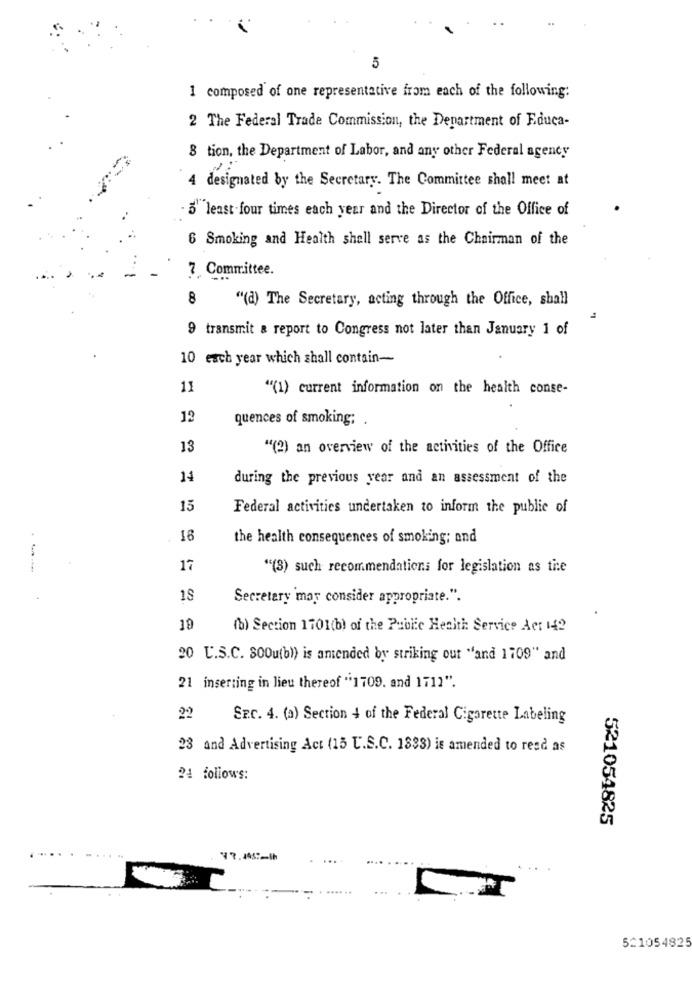
5
1 composed of one representative from each of the following:
2 The Federal Trade Commission, the Department of Educa-
8 tion, the Department of Labor, and any other Federal agency
4 designated by the Secretary. The Committee shall meet at
5" least four times each year and the Director of the Office of
6 Smoking and Health shall serve as the Chairman of the
7 Committee.
8
"(d) The Secretary, acting through the Office, shall
9 transmit & report to Congress not later than January 1 of
10 each year which shall contain-
11
"(1) current information on the health conse-
12
quences of smoking; .
13
"(2) an overview of the activities of the Office
14
during the previous year and an assessment of the
15
Federal activities undertaken to inform the public of
16
the health consequences of smoking; and
17
"(3) such recommendations for legislation as tie
15
Secretary may consider appropriate.".
19
(b) Section 1101(b) of the Public Health Service Act 142
20 U.S.C. 80Ou(b)) is amended by striking out "and 1709" and
21 inserting in lieu thereof "1709. and 1712".
SR.C. 4. (a) Section 4 of the Federal Cigarette Labeling
23 and Advertising Act (15 U.S.C. 1893) is amended to read as
24 follows:
521054825
521054825